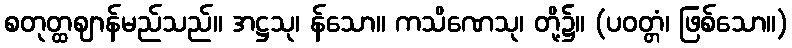
စတုတ္ထဈာန်မည်သည်။ အဋ္ဌသု၊ န်သော။ ကသိဏေသု၊ တို့၌။ (ပဝတ္တံ၊ ဖြစ်သော။)